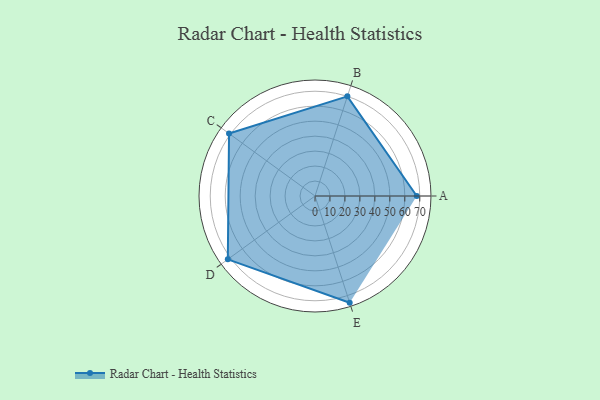
{"axis": {"x": "Skill", "y": "Score"}, "legend": ["Profile"], "data": [{"x": "A", "y": 68.0, "type": "Profile"}, {"x": "B", "y": 70.0, "type": "Profile"}, {"x": "C", "y": 71.0, "type": "Profile"}, {"x": "D", "y": 72.0, "type": "Profile"}, {"x": "E", "y": 75.0, "type": "Profile"}]}